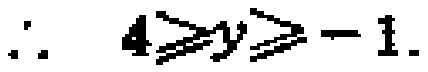
\(\therefore\ 4\geqslant y\geqslant - 1\)